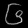
Digit: ၆